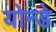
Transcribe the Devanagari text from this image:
योन्डे